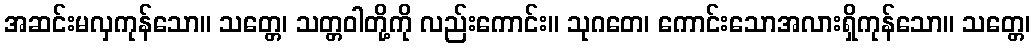
အဆင်းမလှကုန်သော။ သတ္တေ၊ သတ္တဝါတို့ကို လည်းကောင်း။ သုဂတေ၊ ကောင်းသောအလားရှိကုန်သော။ သတ္တေ၊